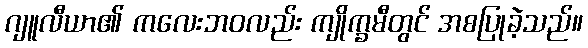
ဂျူလီယာ၏ ကလေးဘဝလည်း ကျိုက္ခမီတွင် အစပြုခဲ့သည်။